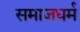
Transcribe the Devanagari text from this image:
समाजधर्म